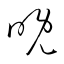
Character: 晩